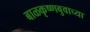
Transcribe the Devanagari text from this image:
बाळकृष्णबुवाच्या